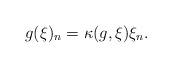
LaTeX: \begin{align*}g(\xi)_n = \kappa(g,\xi)\xi_n.\end{align*}